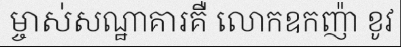
ម្ចាស់សណ្ឋាគារគឺ លោកឧកញ៉ា ខូវ